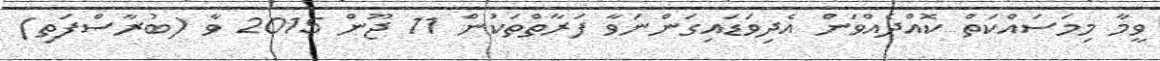
ވީމާ މިމަސައްކަތް ކޮއްދެއްވަން އެދިވަޑައިގަންނަވާ ފަރާތްތަކުން 11 ޖޫން 2015 ވާ (ބުރާސްފަތި)